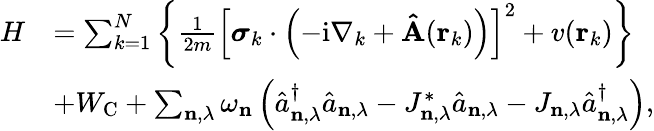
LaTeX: \begin{array}{rl}{H}&{=\sum_{k=1}^{N}\left\{ \frac{1}{2m}\left[\boldsymbol{\sigma}_{k}\cdot\left(-\mathrm{i}\nabla_{k}+\mathbf{\hat{A}}(\mathbf{r}_{k})\right)\right]^{2}+v(\mathbf{r}_{k})\right\} }\\ &{+W_{\mathrm{C}}+\sum_{\mathbf{n},\lambda}\omega_{\mathbf{n}}\left(\hat{a}_{\mathbf{n},\lambda}^{\dagger}\hat{a}_{\mathbf{n},\lambda}-J_{\mathbf{n},\lambda}^{*}\hat{a}_{\mathbf{n},\lambda}-J_{\mathbf{n},\lambda}\hat{a}_{\mathbf{n},\lambda}^{\dagger}\right),}\end{array}